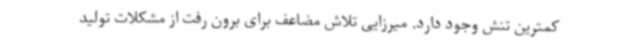
کمترین تنش وجود دارد. میرزایی تلاش مضاعف برای برون رفت از مشکلات تولید